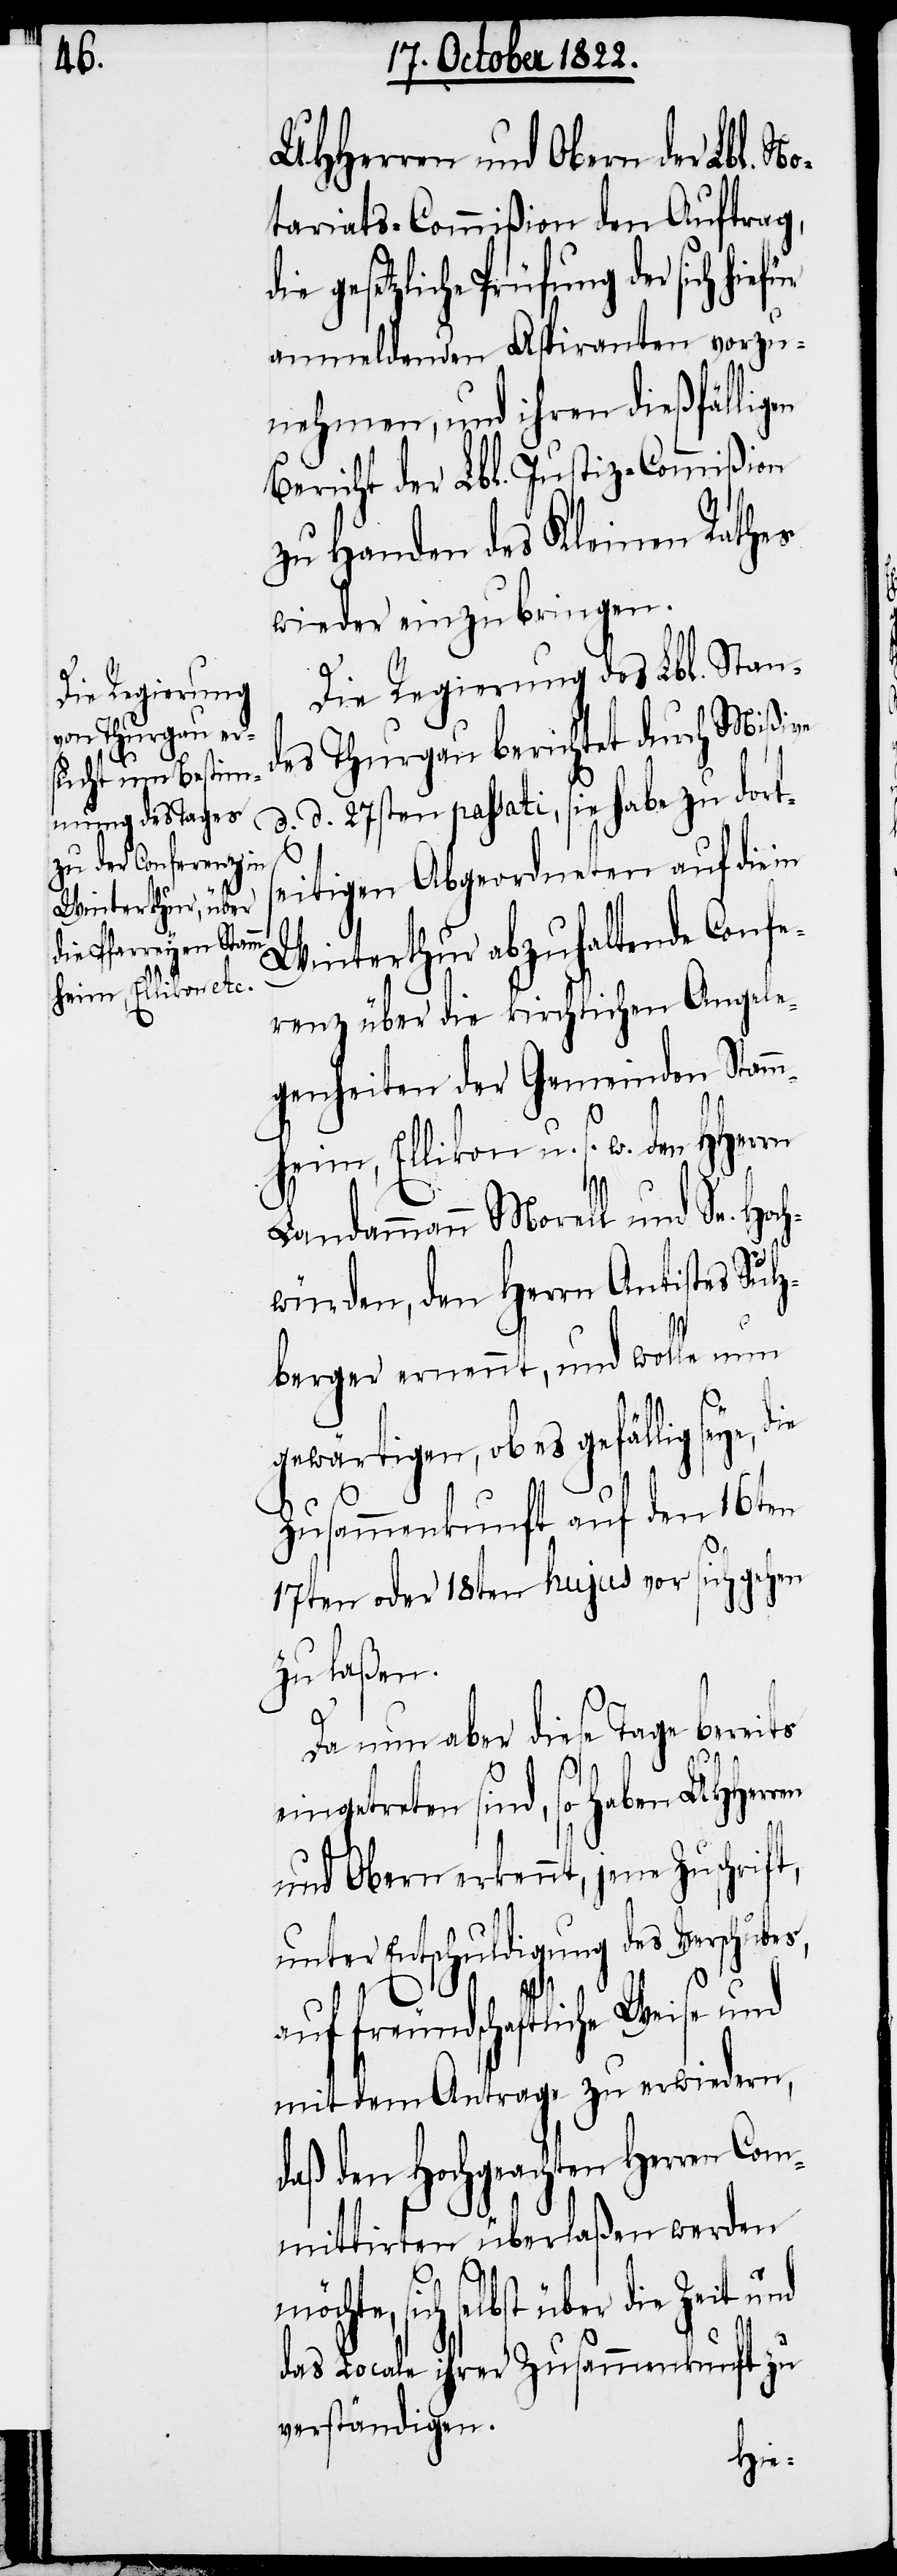
UHHerren und Obern der Lbl. No¬
tariats-Commißion den Auftrag,
gesetzliche Prüfung der sich hief¬
anmeldenden Aspiranten vorzu¬
nehmen, und ihren dießfälligen
Bericht der Lbl. Justiz-Commißion
zu Handen des Kleinen Rathes
wieder einzubringen.
Die Regierung des Lbl. Stan¬
des Thurgau berichtet durch Mißive
d. d. 27sten passati, sie habe zu dort¬
seitigen Abgeordneten auf die in
Winterthur abzuhaltende Confe¬
renz über die kirchlichen Angele¬
genheiten der Gemeinden Stamm¬
heim, Ellikon u. s. w. den HHerrn
Landammann Morell und Se. Ho¬
chwürden, den Herrn Antistes Sulz¬
berger ernennt, und wolle nun
gewärtigen, ob es gefällig seye,
Zusammenkunft auf den 16ten
17ten oder 18ten hujus vor sich gehen
zu laßen.
ür
Da nun aber diese Tage bereits
eingetreten sind, so haben UHHerren
und Obern erkennt, jene Zuschrift,
unter Entschuldigung des Verschubes,
auf freundschaftliche Weise und
mit dem Antrage zu erwiedern,
daß den Hochgeachten Herren Com¬
mittirten überlaßen werden
sich selbst über die Zeit und
das Locale ihrer Zusammenkunft zu
verständigen.